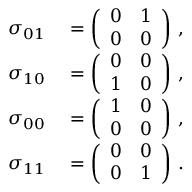
\begin{array} { r l } { \sigma _ { 0 1 } } & { { } = \left( \begin{array} { c c } { 0 } & { 1 } \\ { 0 } & { 0 } \end{array} \right) \, , } \\ { \sigma _ { 1 0 } } & { { } = \left( \begin{array} { c c } { 0 } & { 0 } \\ { 1 } & { 0 } \end{array} \right) \, , } \\ { \sigma _ { 0 0 } } & { { } = \left( \begin{array} { c c } { 1 } & { 0 } \\ { 0 } & { 0 } \end{array} \right) \, , } \\ { \sigma _ { 1 1 } } & { { } = \left( \begin{array} { c c } { 0 } & { 0 } \\ { 0 } & { 1 } \end{array} \right) \, . } \end{array}